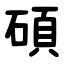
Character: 碩